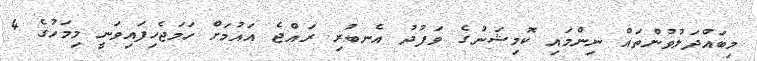
މިބައްދަލުވުންތައް ނިންމައި ކޮމިޝަނުގެ ވަފުދު އެނބުރި ރައްޖެ އައުމަށް ހަމަޖެހިފައިވަނީ މިމަހުގެ 4